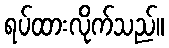
ရပ်ထားလိုက်သည်။